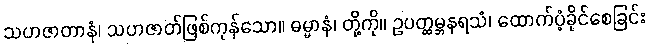
သဟဇာတာနံ၊ သဟဇာတ်ဖြစ်ကုန်သော။ ဓမ္မာနံ၊ တို့ကို။ ဥပတ္ထမ္ဘနရသံ၊ ထောက်ပံ့ခိုင်စေခြင်း